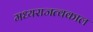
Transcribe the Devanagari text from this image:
मध्यराजत्वकाल